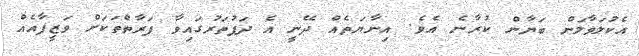
އެކުލަވާލަން ބަޔާން ކުރާނެ އެވެ. އިނާޔަތެއް ދޭނީ އެ ދަފުތަރުގައިވާ ފަރާތްތަކަށް ވަޒީފާއެއް